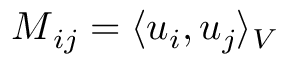
\boldsymbol { M } _ { i j } = \langle \boldsymbol { u } _ { i } , \boldsymbol { u } _ { j } \rangle _ { V }